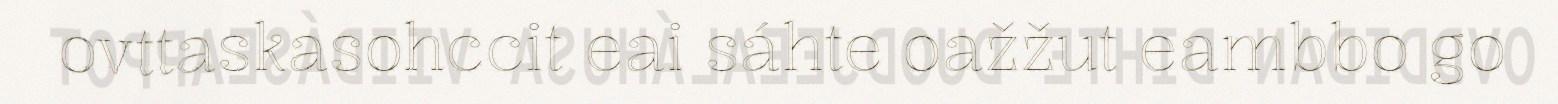
ovttaskasohccit eai sáhte oažžut eambbo go